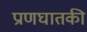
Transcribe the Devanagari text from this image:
प्राणघातकी